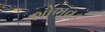
શોભવડ